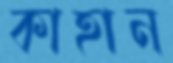
কাহান